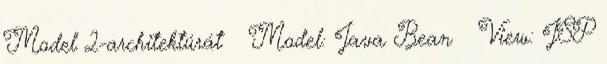
Model 2-architektúrát  Model: Java Bean  View: JSP